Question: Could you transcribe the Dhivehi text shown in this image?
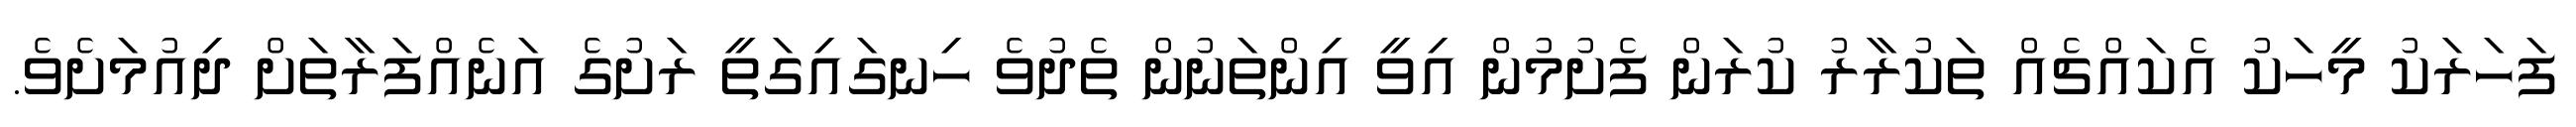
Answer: ފަހަރަކު މީހަކު އެކައްޗެއް ތަކުރާރު ކުރަން ފެށުމުން އިވީ އިންތަނުން ތެދުވެ ހިނގައިގަތީ ރަށުގެ އަނެއްފަރާތަށް ދިއުމަށެވެ.